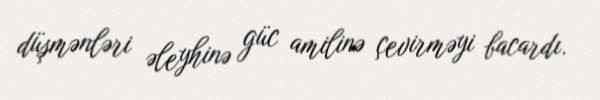
düşmənləri əleyhinə güc amilinə çevirməyi bacardı.